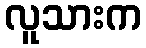
လူသားက